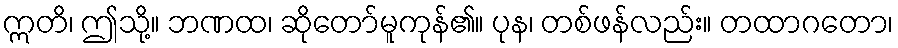
ဣတိ၊ ဤသို့။ ဘဏထ၊ ဆိုတော်မူကုန်၏။ ပုန၊ တစ်ဖန်လည်း။ တထာဂတော၊